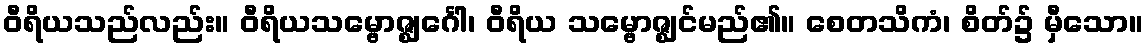
ဝီရိယသည်လည်း။ ဝီရိယသမ္ဗောဇ္ဈင်္ဂေါ၊ ဝီရိယ သမ္ဗောဇ္ဈင်မည်၏။ စေတသိကံ၊ စိတ်၌ မှီသော။